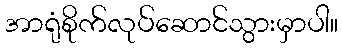
အာရုံစိုက်လုပ်ဆောင်သွားမှာပါ။